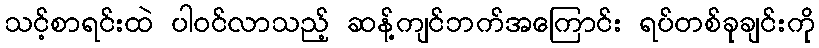
သင့်စာရင်းထဲ ပါဝင်လာသည့် ဆန့်ကျင်ဘက်အကြောင်း ရပ်တစ်ခုချင်းကို